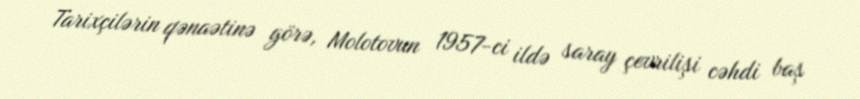
Tarixçilərin qənaətinə görə, Molotovun 1957-ci ildə saray çevrilişi cəhdi baş